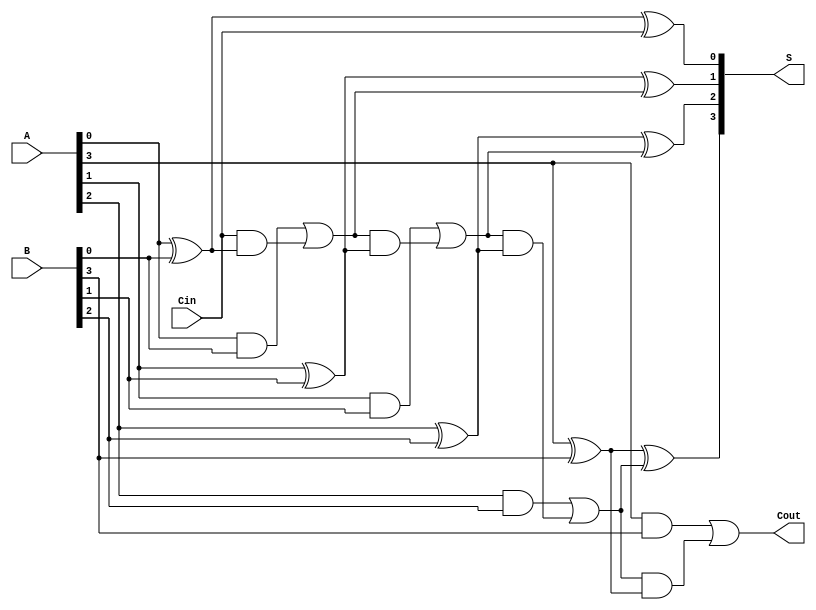
module ManchesterCarryChainAdder #(parameter N = 4) (
    input  [N-1:0] A,      // First n-bit input
    input  [N-1:0] B,      // Second n-bit input
    input          Cin,     // Carry-in
    output [N-1:0] S,      // n-bit sum output
    output         Cout     // Carry out
);
    
    wire [N:0] carry; // Carry signals, carry[N] is the final carry-out

    // Generate carry signals
    assign carry[0] = Cin; // Initial carry is Cin

    genvar i;
    generate
        for (i = 0; i < N; i = i + 1) begin : carry_gen
            assign carry[i + 1] = (A[i] & B[i]) | (carry[i] & (A[i] ^ B[i]));
        end
    endgenerate

    // Calculate sum
    generate
        for (i = 0; i < N; i = i + 1) begin : sum_calc
            assign S[i] = A[i] ^ B[i] ^ carry[i];
        end
    endgenerate

    // Final carry-out
    assign Cout = carry[N];

endmodule